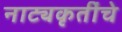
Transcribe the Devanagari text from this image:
नाट्यकृतींचे